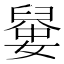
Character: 𡡼